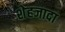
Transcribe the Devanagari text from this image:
शेहजादा